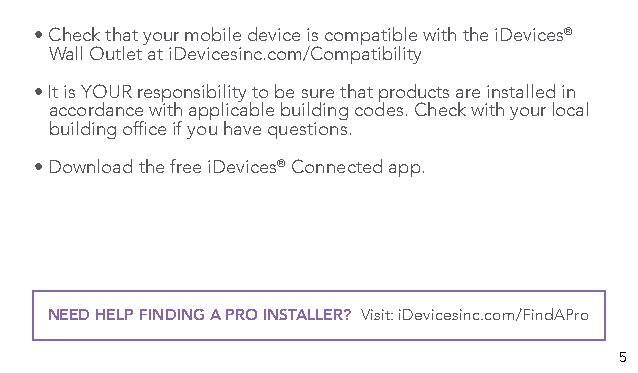
• Check that your mobile device is compatible with the iDevices®
 Wall Outlet at iDevicesinc.com/Compatibility
 • It is YOUR responsibility to be sure that products are installed in
 accordance with applicable building codes. Check with your local
 building office if you have questions.
 • Download the free iDevices® Connected app.
 NEED HELP FINDING A PRO INSTALLER? Visit: iDevicesinc.com/FindAPro
 5